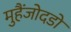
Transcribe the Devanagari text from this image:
मुहैंजोदडो